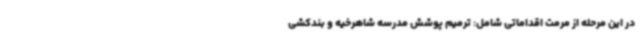
در این مرحله از مرمت اقداماتی شامل: ترمیم پوشش مدرسه شاهرخیه و بندکشی